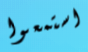
استمعوا